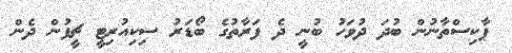
ޕާކިސްތާނުން ބުދަ ދުވަހު ބުނީ ދެ ފަރާތުގެ ބޯޑަރު ސިކިއުރިޓީ ޗީފުން ދެން